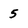
Character: 5